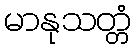
မာနုသတ္တံ